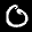
Label: 0